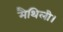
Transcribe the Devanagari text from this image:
मैथिली।